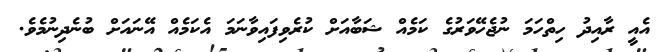
އެއީ ރާއިދު ހިތްހަމަ ނުޖެހޭވަރުގެ ކަމެއް ޝަބާއަށް ކުރެވިފައިވާނަމަ އެކަމެއް އޭނައަށް ބުނެދިނުމެވެ.